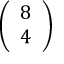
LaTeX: \left( \begin{array} { l } { 8 } \\ { 4 } \end{array} \right)